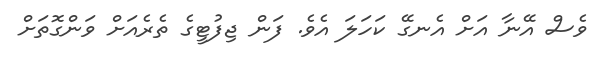
ވެސް އޭނާ އަށް އެނގޭ ކަހަލަ އެވެ. ފަން ޖިފުޓީގެ ތެރެއަށް ވަންގޮތަށް